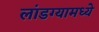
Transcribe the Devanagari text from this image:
लांडग्यामध्ये